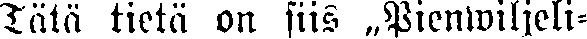
Tätä tietä on siis „Pienwiljeli-